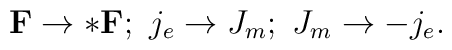
{\bf F}\rightarrow *{\bf F};\ j_e\rightarrow J_m; \ J_m\rightarrow -j_e.